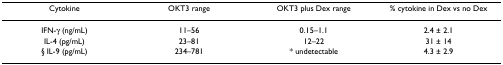
| Cytokine | OKT3 range | OKT3 plus Dex range | % cytokine in Dex vs no Dex |
 | --- | --- | --- | --- |
 | IFN-γ (ng/mL) | 11–56 | 0.15–1.1 | 2.4 ± 2.1 |
 | IL-4 (pg/mL) | 23–81 | 12–22 | 31 ± 14 |
 | § IL-9 (pg/mL) | 234–781 | * undetectable | 4.3 ± 2.9 |